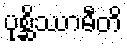
ပုစ္ဆိဿာမီတိ